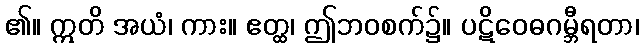
၏။ ဣတိ အယံ၊ ကား။ ဧတ္ထ၊ ဤဘဝစက်၌။ ပဋိဝေဓဂမ္ဘီရတာ၊